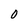
Character: 0